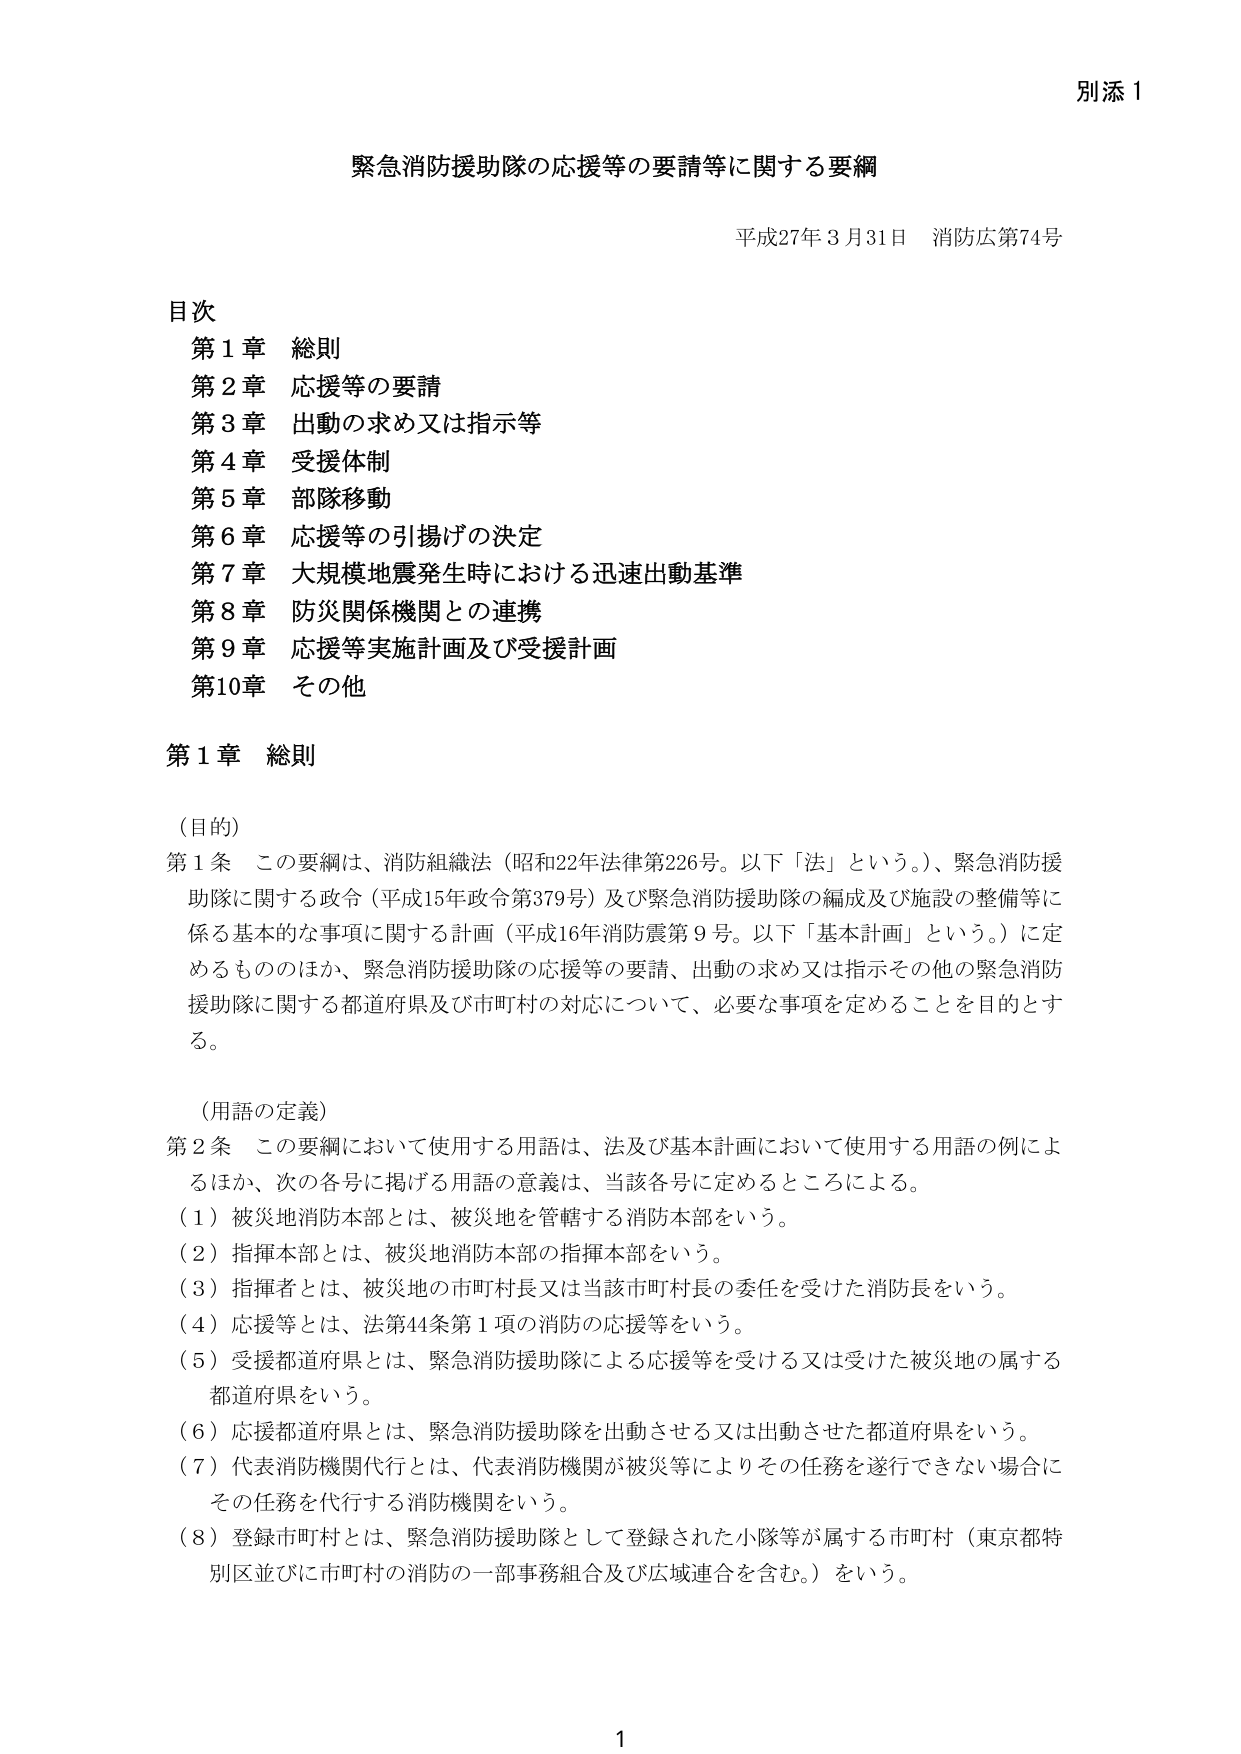
別添１

緊急消防援助隊の応援等の要請等に関する要綱

平成27年３月31日 消防庁第74号

目次
第１章 総則
第２章 応援等の要請
第３章 出動の求め又は指示等
第４章 受援体制
第５章 部隊移動
第６章 応援等の引揚げの決定
第７章 大規模地震発生時における迅速出動基準
第８章 防災関係機関との連携
第９章 応援等実施計画及び受援計画
第10章 その他

第１章 総則

（目的）
第１条 この要綱は、消防組織法（昭和22年法律第226号。以下「法」という。）、緊急消防援助隊に関する政令（平成15年政令第379号）及び緊急消防援助隊の編成及び施設の整備等に係る基本的な事項に関する計画（平成16年消防震第９号。以下「基本計画」という。）に定めるもののほか、緊急消防援助隊の応援等の要請、出動の求め又は指示その他の緊急消防援助隊に関する都道府県及び市町村の対応について、必要な事項を定めることを目的とする。

（用語の定義）
第２条 この要綱において使用する用語は、法及び基本計画において使用する用語の例によるほか、次の各号に掲げる用語の意義は、当該各号に定めるところによる。
（１）被災地消防本部とは、被災地を管轄する消防本部をいう。
（２）指揮本部とは、被災地消防本部の指揮本部をいう。
（３）指揮者とは、被災地の市町村長又は当該市町村長の委任を受けた消防長をいう。
（４）応援等とは、法第44条第１項の消防の応援等をいう。
（５）受援都道府県とは、緊急消防援助隊による応援等を受ける又は受けた被災地の属する都道府県をいう。
（６）応援都道府県とは、緊急消防援助隊を出動させる又は出動させた都道府県をいう。
（７）代表消防機関代行とは、代表消防機関が被災等によりその任務を遂行できない場合にその任務を代行する消防機関をいう。
（８）登録市町村とは、緊急消防援助隊として登録された小隊等が属する市町村（東京都特別区並びに市町村の消防の一部事務組合及び広域連合を含む。）をいう。

1